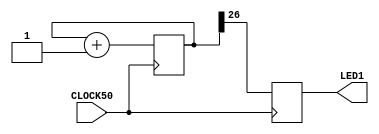
`timescale 1ns / 1ps

module main(
    output LED1,
    input CLOCK50 // Reference design uses a 50MHz oscillator
    );
	 

    reg [32:0] counter;
    reg state;
	 
    assign LED1 = state;
 
    always @ (posedge CLOCK50) begin
        counter <= counter + 1;
        state <= counter[26]; // Toggle pin at a rate of ~0.75 Hz
    end

endmodule